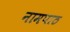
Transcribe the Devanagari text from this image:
नामपाठ